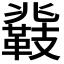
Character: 𮧤